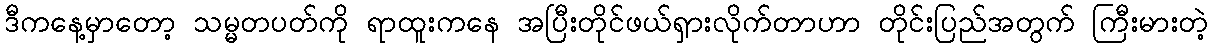
ဒီကနေ့မှာတော့ သမ္မတပတ်ကို ရာထူးကနေ အပြီးတိုင်ဖယ်ရှားလိုက်တာဟာ တိုင်းပြည်အတွက် ကြီးမားတဲ့